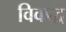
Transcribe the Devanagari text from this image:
विकद्ध